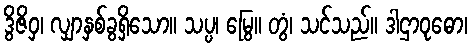
ဒွိဇိဝှ၊ လျှာနှစ်ခွရှိသော။ သပ္ပ၊ မြွေ။ တွံ၊ သင်သည်။ ဒါဌာဝုဓော၊